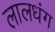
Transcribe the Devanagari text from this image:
लालधंग